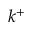
k ^ { + }